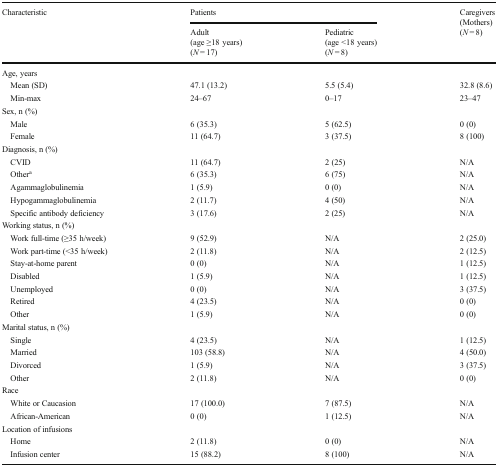
| <ROWSPAN=2> Characteristic | <COLSPAN=2> Patients | <ROWSPAN=2> Caregivers(Mothers)(N = 8) |
 | Adult(age ≥18 years)(N = 17) | Pediatric(age <18 years)(N = 8) |
 | --- | --- | --- | --- |
 | <COLSPAN=4> Age, years |
 | Mean (SD) | 47.1 (13.2) | 5.5 (5.4) | 32.8 (8.6) |
 | Min-max | 24–67 | 0–17 | 23–47 |
 | <COLSPAN=4> Sex, n (%) |
 | Male | 6 (35.3) | 5 (62.5) | 0 (0) |
 | Female | 11 (64.7) | 3 (37.5) | 8 (100) |
 | <COLSPAN=4> Diagnosis, n (%) |
 | CVID | 11 (64.7) | 2 (25) | N/A |
 | Othera | 6 (35.3) | 6 (75) | N/A |
 | Agammaglobulinemia | 1 (5.9) | 0 (0) | N/A |
 | Hypogammaglobulinemia | 2 (11.7) | 4 (50) | N/A |
 | Specific antibody deficiency | 3 (17.6) | 2 (25) | N/A |
 | <COLSPAN=4> Working status, n (%) |
 | Work full-time (≥35 h/week) | 9 (52.9) | N/A | 2 (25.0) |
 | Work part-time (<35 h/week) | 2 (11.8) | N/A | 2 (12.5) |
 | Stay-at-home parent | 0 (0) | N/A | 1 (12.5) |
 | Disabled | 1 (5.9) | N/A | 1 (12.5) |
 | Unemployed | 0 (0) | N/A | 3 (37.5) |
 | Retired | 4 (23.5) | N/A | 0 (0) |
 | Other | 1 (5.9) | N/A | 0 (0) |
 | <COLSPAN=4> Marital status, n (%) |
 | Single | 4 (23.5) | N/A | 1 (12.5) |
 | Married | 103 (58.8) | N/A | 4 (50.0) |
 | Divorced | 1 (5.9) | N/A | 3 (37.5) |
 | Other | 2 (11.8) | N/A | 0 (0) |
 | <COLSPAN=4> Race |
 | White or Caucasion | 17 (100.0) | 7 (87.5) | N/A |
 | African-American | 0 (0) | 1 (12.5) | N/A |
 | <COLSPAN=4> Location of infusions |
 | Home | 2 (11.8) | 0 (0) | N/A |
 | Infusion center | 15 (88.2) | 8 (100) | N/A |